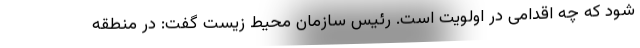
شود که چه اقدامی در اولویت است. رئیس سازمان محیط زیست گفت: در منطقه